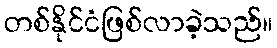
တစ်နိုင်ငံဖြစ်လာခဲ့သည်။